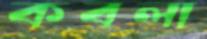
কবলা